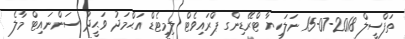
ތަފްސީލް 2018-07-15 ނަލަހިޔާ ޓްރޭޑިންގ ޕްރައިވެޓް ލިމިޓެޑް އަޙްމަދު ވަޙީދު ސަންނައިޓް މާލެ